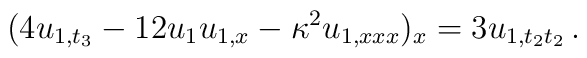
(4u_{1,t_3} - 12 u_1 u_{1,x} - \kappa^2 u_{1,xxx})_x = 3 u_{1,t_2 t_2}\,.